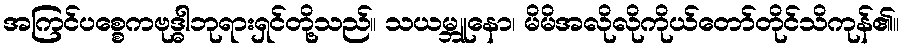
အကြင်ပစ္စေကဗုဒ္ဓါဘုရားရှင်တို့သည်။ သယမ္ဘူနော၊ မိမိအလိုလိုကိုယ်တော်တိုင်သိကုန်၏။